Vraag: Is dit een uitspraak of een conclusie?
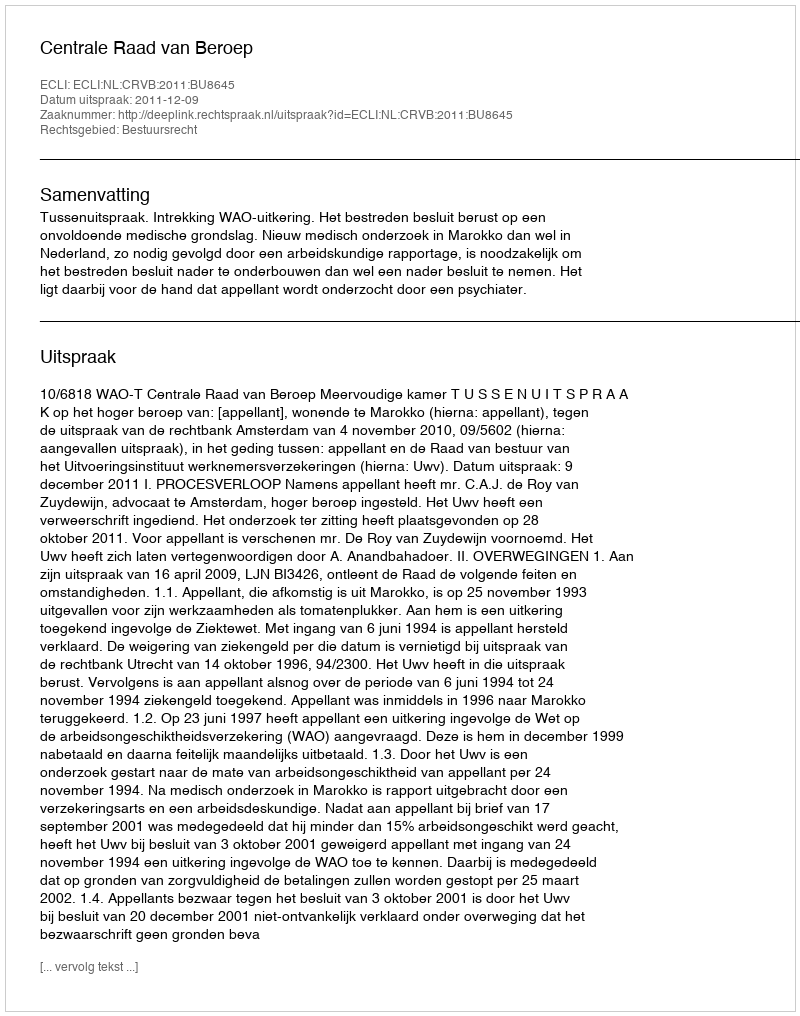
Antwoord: Uitspraak